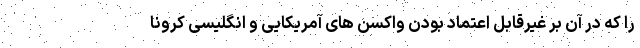
را که در آن بر غیرقابل اعتماد بودن واکسن های آمریکایی و انگلیسی کرونا